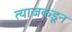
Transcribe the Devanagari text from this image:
त्याजकडून